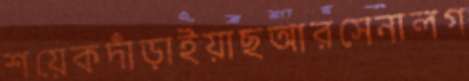
শয়েকদাঁড়াইয়াছআরসেনালগ